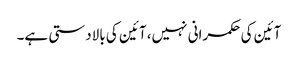
آئین کی حکمرانی نہیں، آئین کی بالادستی ہے۔